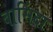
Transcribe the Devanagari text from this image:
बासिंदा